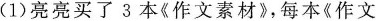
(1)亮亮买了3本《作文素材》，每本《作文